Cholera in India, 1862 to 1881
Year: 1862
Disease focus: Cholera
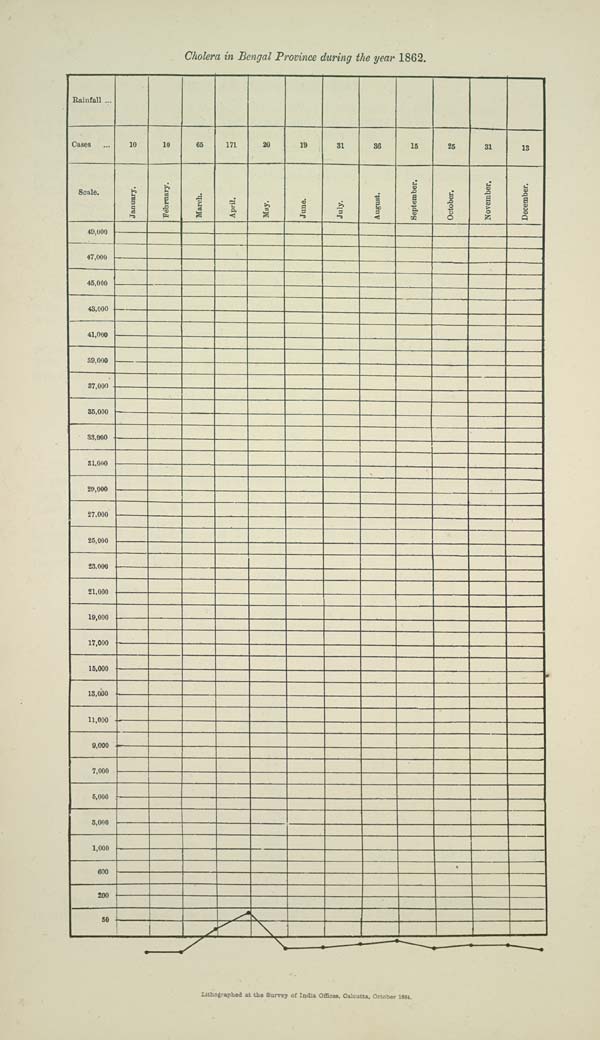
Cholera in Bengal Province during the year 1862.
Lithographed at the Survey of India Offices, Calcutta, October 1884.